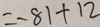
= - 8 1 + 1 2